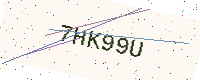
Text: 7HK99U